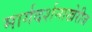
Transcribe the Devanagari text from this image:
मार्गदर्शनाखेरीज